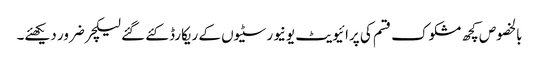
بالخصوص کچھ مشکوک قسم کی پرائیویٹ یونیورسٹیوں کے ریکارڈ کئے گئے لیکچر ضرور دیکھئے۔